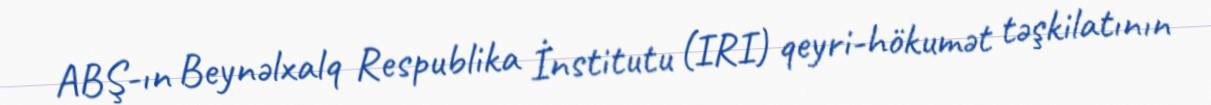
ABŞ-ın Beynəlxalq Respublika İnstitutu (IRI) qeyri-hökumət təşkilatının